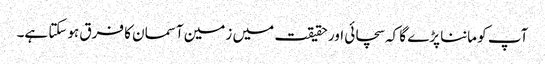
آپ کو ماننا پڑے گا کہ سچائی اور حقیقت میں زمین آسمان کا فرق ہوسکتا ہے۔